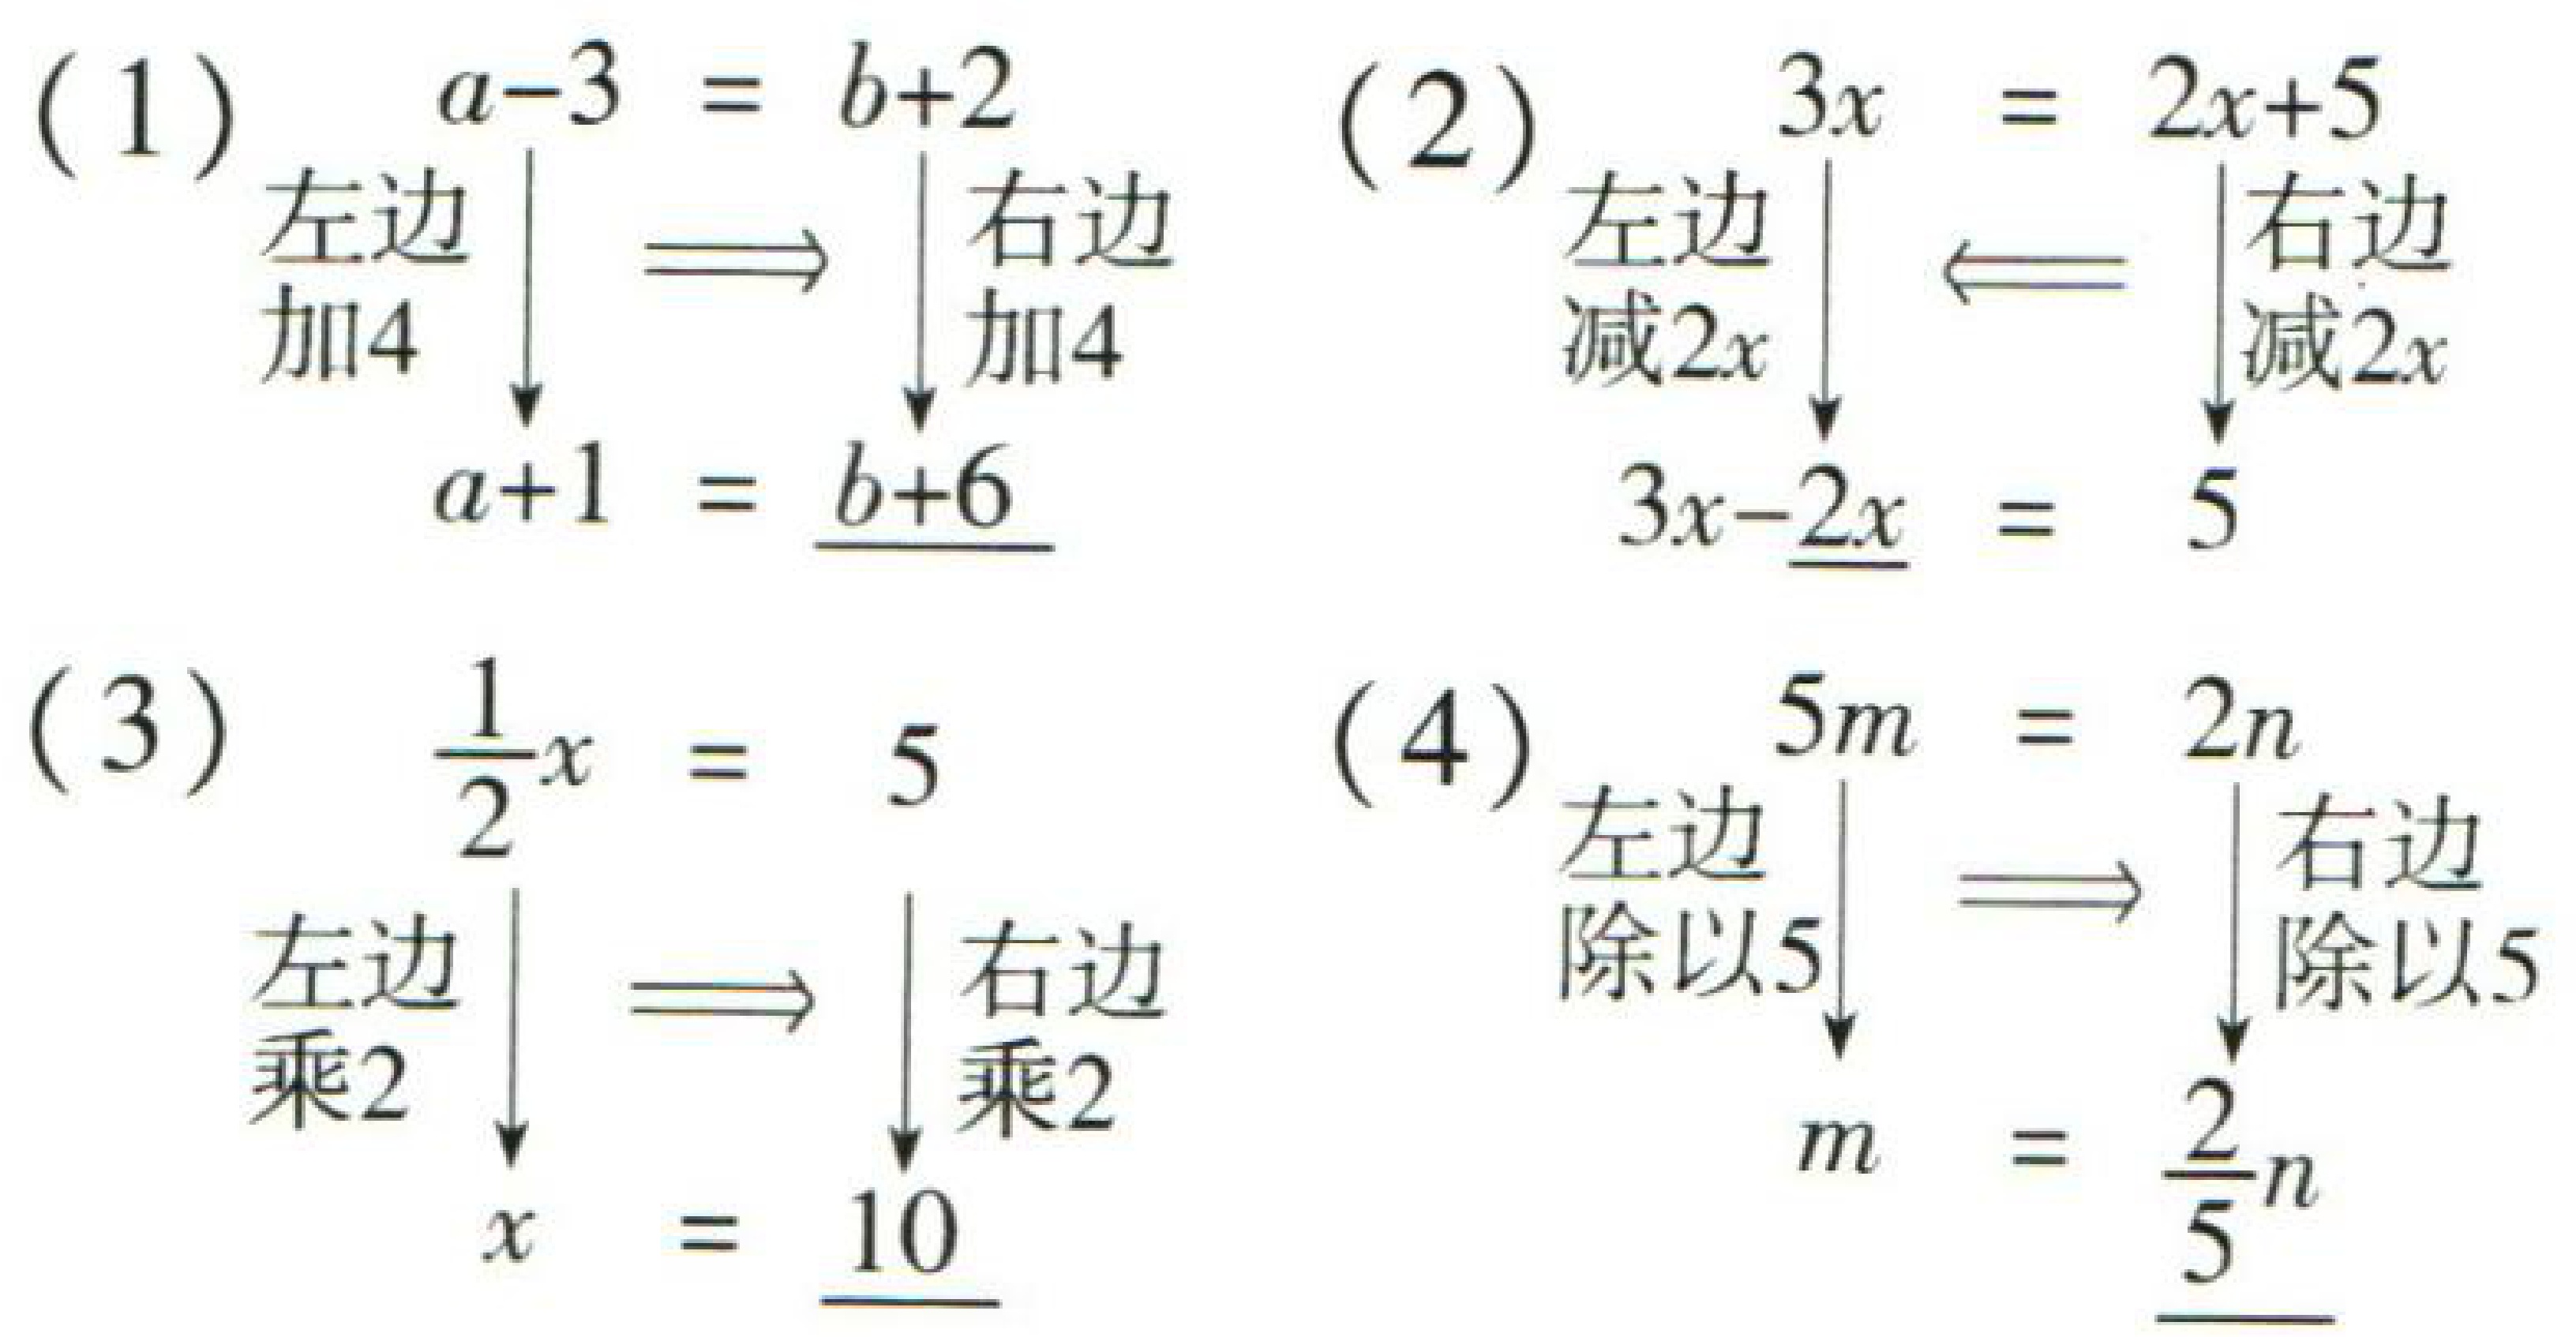
(1) \(a - 3 = b + 2\)，左边加4，右边加4，得到 \(a + 1 = b + 6\)

(2) \(3x = 2x + 5\)，左边减\(2x\)，右边减\(2x\)，得到 \(3x - 2x = 5\)

(3) \(\frac{1}{2}x = 5\)，左边乘2，右边乘2，得到 \(x = 10\)

(4) \(5m = 2n\)，左边除以5，右边除以5，得到 \(m = \frac{2}{5}n\)